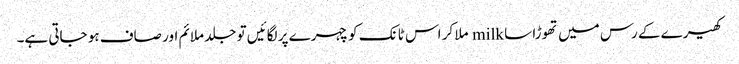
کھیرے کے رس میں تھوڑا سا milk ملا کر اس ٹانک کو چہرے پر لگائیں تو جلد ملائم اور صاف ہو جاتی ہے۔